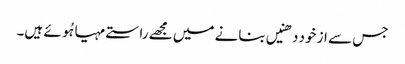
جس سے از خود دھنیں بنانے میں مجھے راستے مہیا ہُوئے ہیں۔